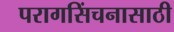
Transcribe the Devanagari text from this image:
परागसिंचनासाठी